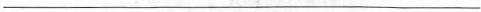
___